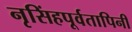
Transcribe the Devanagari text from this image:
नृसिंहपूर्वतापिनी